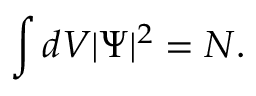
\int d V | \Psi | ^ { 2 } = N .